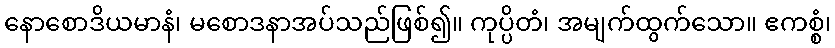
နောစောဒိယမာနံ၊ မစောဒနာအပ်သည်ဖြစ်၍။ ကုပ္ပိတံ၊ အမျက်ထွက်သော။ ဧကစ္စံ၊